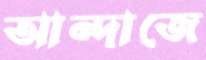
আন্দাজে